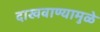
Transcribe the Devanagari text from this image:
दाखवाण्यामुळे